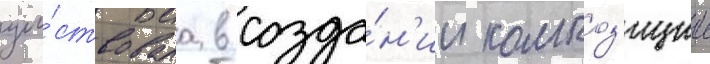
уча́ствовала в созда́н'ии композ'иции